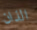
الذان